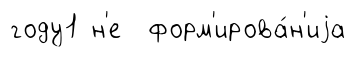
году1 н'е форм'ирова́н'иjа